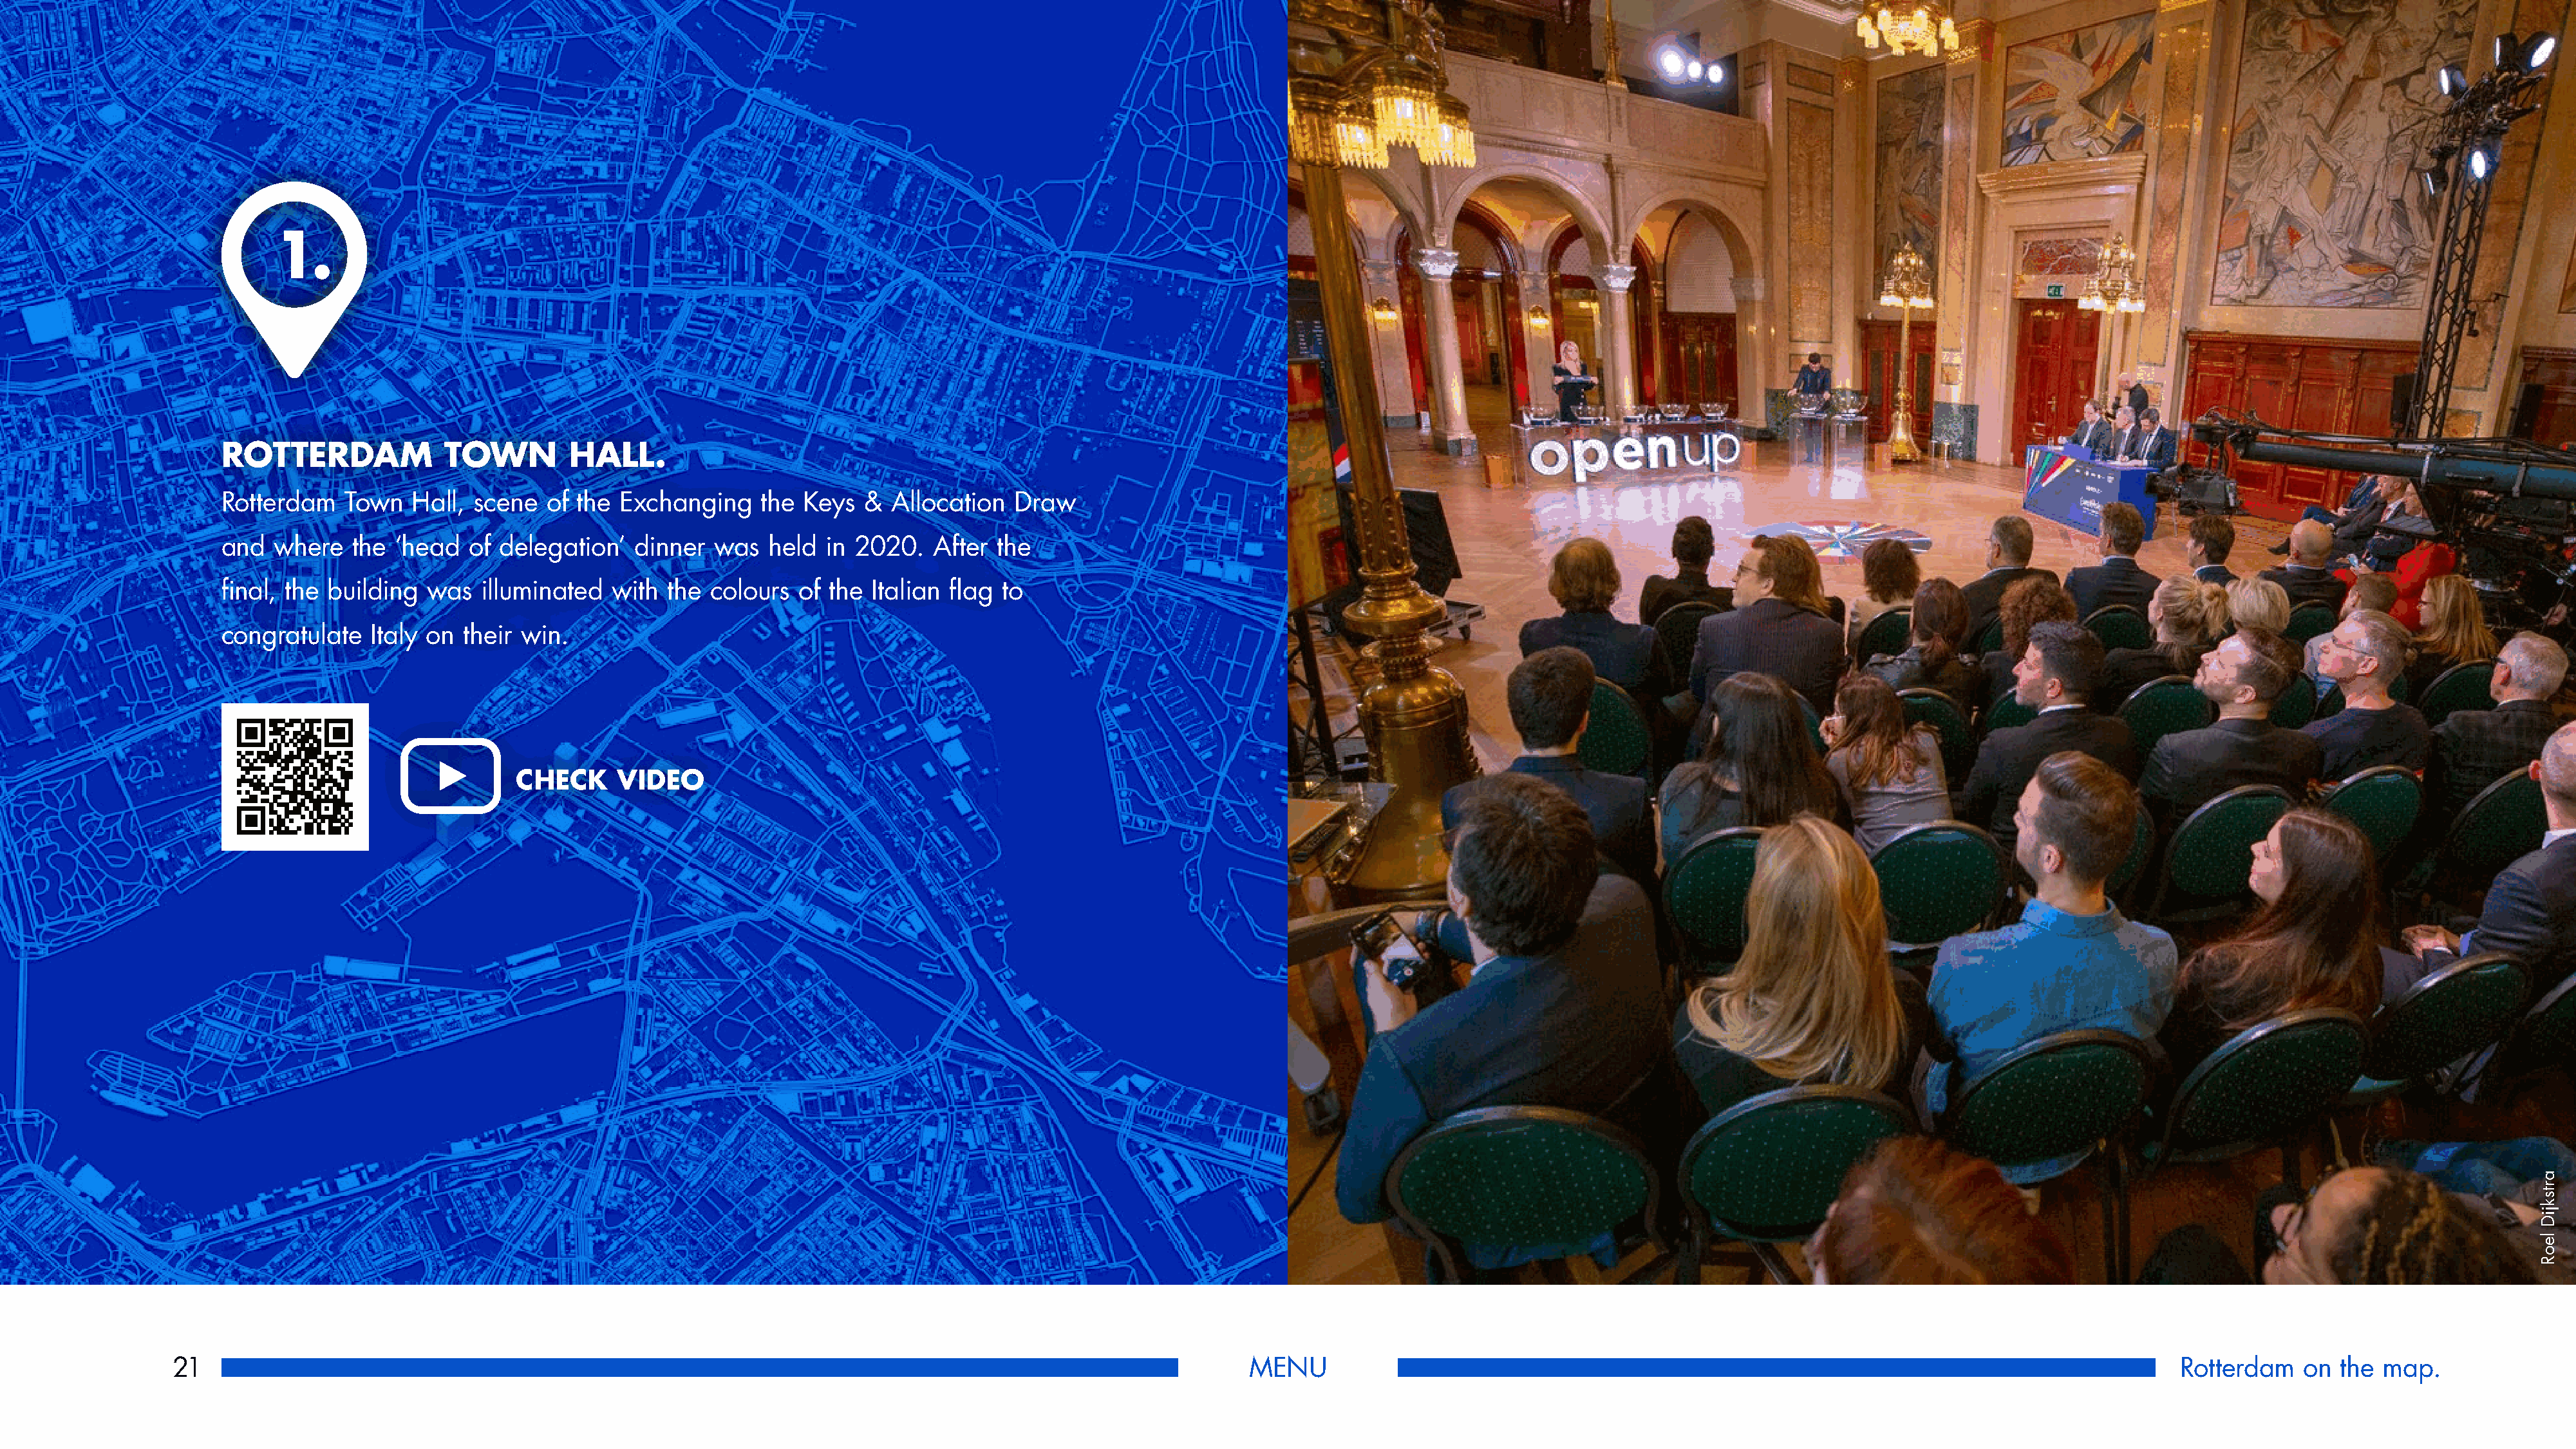
1.
 ROTTERDAM              TOWN        HALL.
 Rotterdam   Town   Hall,  scene  of the  Exchanging    the  Keys  &  Allocation  Draw
 and  where   the  ‘head  of delegation’   dinner  was   held  in 2020.   After  the
 final, the building  was  illuminated   with  the colours  of the  Italian flag to
 congratulate   Italy on  their win.
 CHECK     VIDEO
 21                                                                                                            MENU                                                                                            Rotterdam    on  the map.
 artskjiD
 leoR